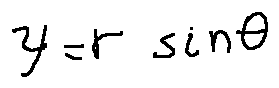
y = r \sin \theta